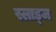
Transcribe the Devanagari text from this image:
स्लाड्ज